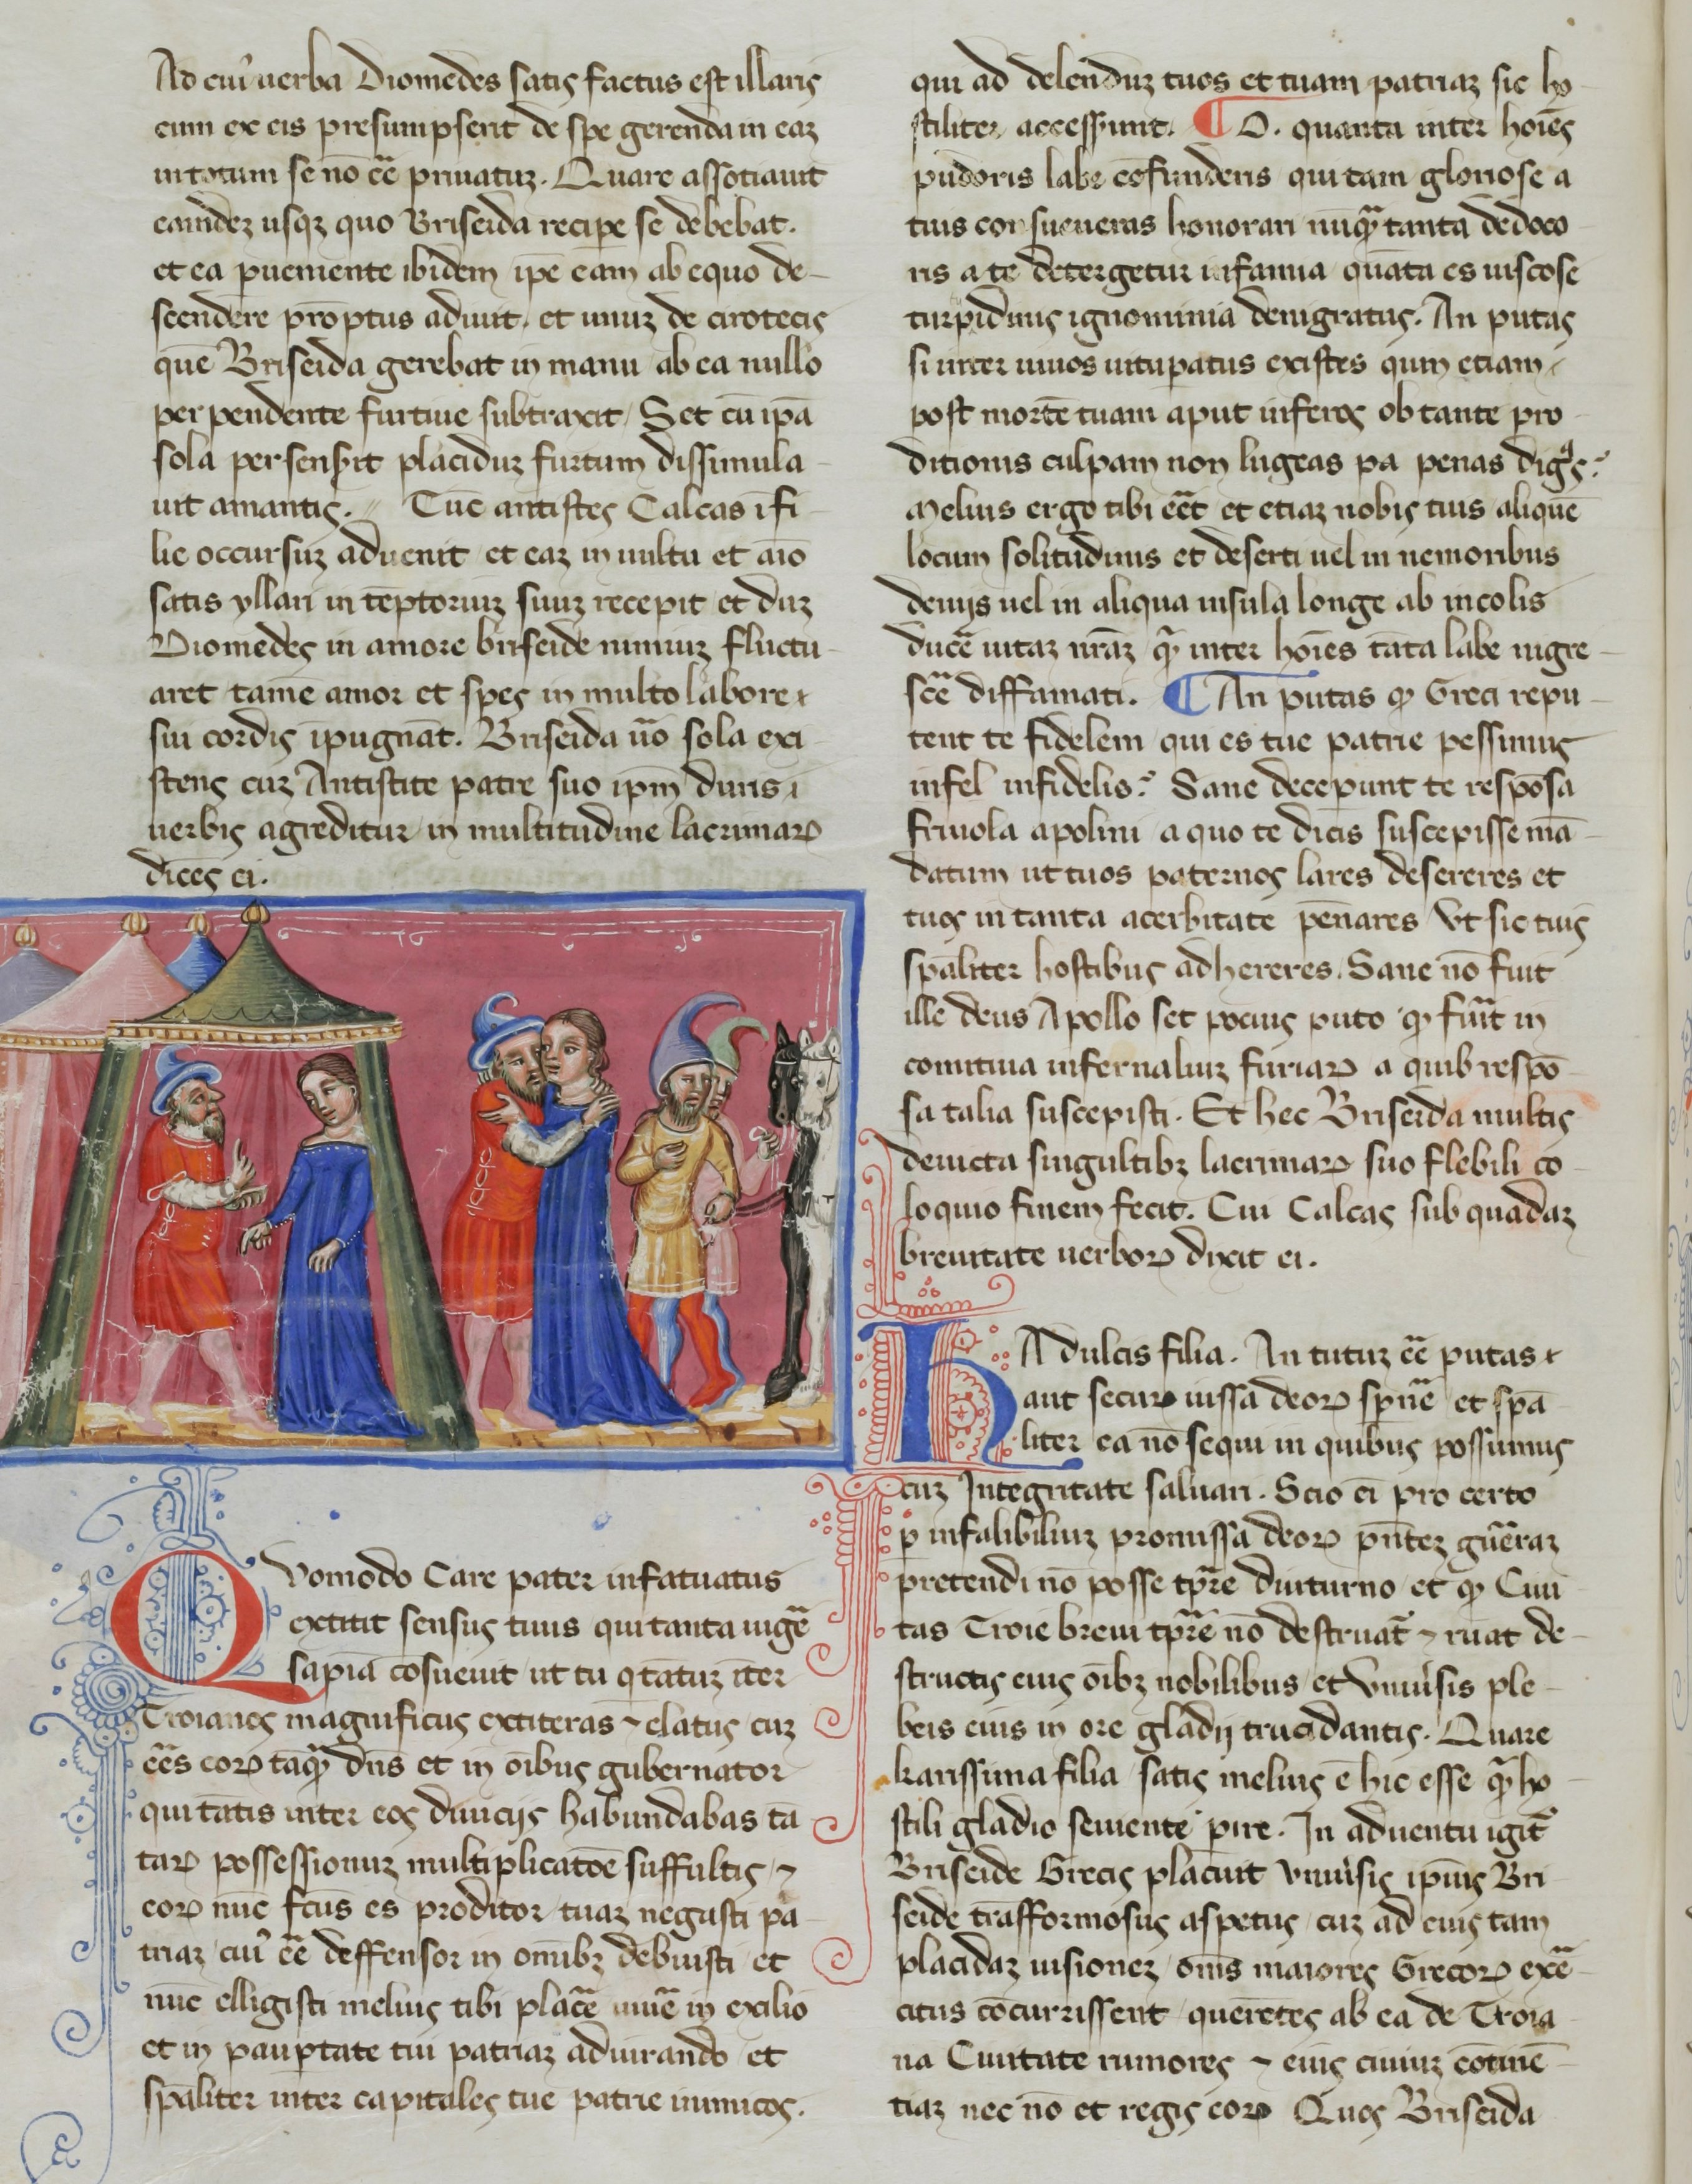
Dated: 1365–1375